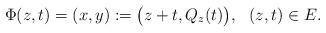
LaTeX: \begin{align*}\Phi(z, t)=(x,y): =\big(z+t, Q_z(t)\big),\ \ (z,t) \in E.\end{align*}